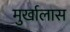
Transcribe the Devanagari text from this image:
मुर्खालास